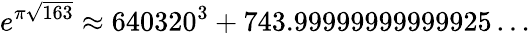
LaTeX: e^{\pi{\sqrt{163}}}\approx 640320^{3}+743.99999999999925\dots